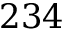
2 3 4